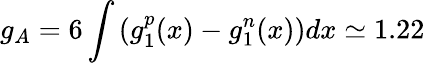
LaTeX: g_{A}=6\int{(g_{1}^{p}(x)-g_{1}^{n}(x))dx}\simeq 1.22